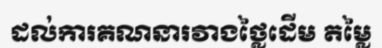
ដល់ការគណនារវាងថ្លៃដើម តម្លៃ